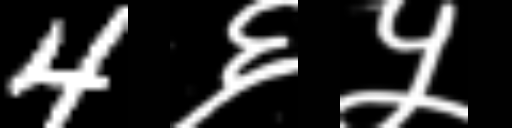
Text: 4६५